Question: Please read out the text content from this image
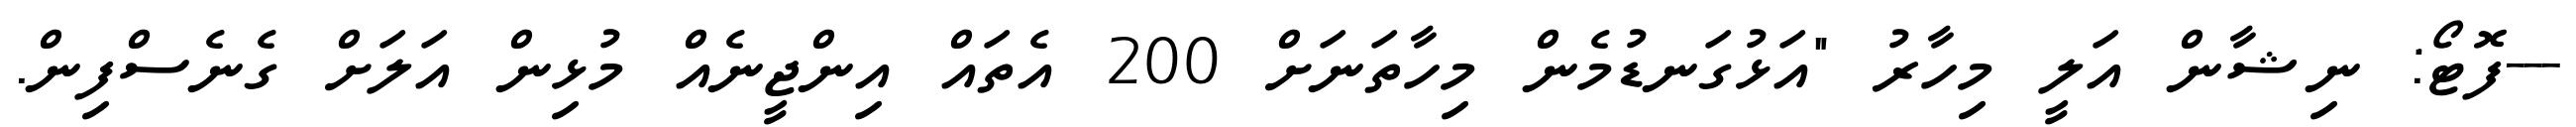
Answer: ---ފޮޓޯ: ނިޝާން އަލީ މިހާރު "އަޅުގަނޑުމެން މިހާތަނަށް 200 އެތައް އިންޖީނެއް މުޅިން އަލަށް ގެނެސްފިން.